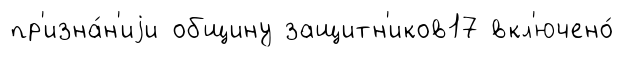
пр'изна́н'иjи общину защитн'иков17 вкл'ючено́